Lunatic asylums in Bengal annual reports 1912-1924 - 1912-1924
Year: 1912
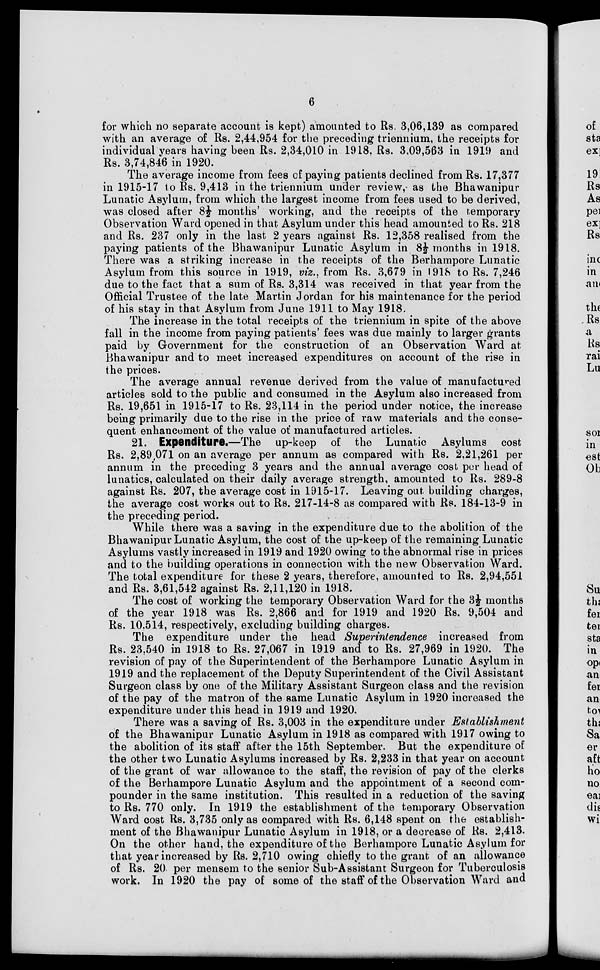
6
for which no separate account is kept) amounted to Rs. 3,06,139 as compared
with an average of Rs. 2,44,954 for the preceding triennium, the receipts for
individual years having been Rs. 2,34,010 in 1918. Rs. 3,09,563 in 1919 and
Rs. 3,74,846 in 1920.
The average income from fees of paying patients declined from Rs. 17,377
in 1915-17 to Rs. 9,413 in the triennium under review, as the Bhawanipur
Lunatic Asylum, from which the largest income from fees used to be derived,
was closed after 8½ months' working, and the receipts of the temporary
Observation Ward opened in that Asylum under this head amounted to Rs. 218
and Rs. 237 only in the last 2 years against Rs. 12,358 realised from the
paying patients of the Bhawanipur Lunatic Asylum in 8½ months in 1918.
There was a striking increase in the receipts of the Berhampore Lunatic
Asylum from this source in 1919, viz., from Rs. 3,679 in 1918 to Rs. 7,246
due to the fact that a sum of Rs. 3,314 was received in that year from the
Official Trustee of the late Martin Jordan for his maintenance for the period
of his stay in that Asylum from June 1911 to May 1918.
The increase in the total receipts of the triennium in spite of the above
fall in the income from paying patients' fees was due mainly to larger grants
paid by Government for the construction of an Observation Ward at
Bhawanipur and to meet increased expenditures on account of the rise in
the prices.
The average annual revenue derived from the value of manufactured
articles sold to the public and consumed in the Asylum also increased from
Rs. 19,651 in 1915-17 to Rs. 23,114 in the period under notice, the increase
being primarily due to the rise in the price of raw materials and the conse-
quent enhancement of the value of manufactured articles.
21. Expenditure.—The up-keep of the Lunatic Asylums cost
Rs. 2,89,071 on an average per annum as compared with Rs. 2,21,261 per
annum in the preceding 3 years and the annual average cost per head of
lunatics, calculated on their daily average strength, amounted to Rs. 289-8
against Rs. 207, the average cost in 1915-17. Leaving out building charges,
the average cost works out to Rs. 217-14-8 as compared with Rs. 184-13-9 in
the preceding period.
While there was a saving in the expenditure due to the abolition of the
Bhawanipur Lunatic Asylum, the cost of the up-keep of the remaining Lunatic
Asylums vastly increased in 1919 and 1920 owing to the abnormal rise in prices
and to the building operations in connection with the new Observation Ward.
The total expenditure for these 2 years, therefore, amounted to Rs. 2,94,551
and Rs. 3,61,542 against Rs. 2,11,120 in 1918.
The cost of working the temporary Observation Ward for the 3½ months
of the year 1918 was Rs. 2,866 and for 1919 and 1920 Rs. 9,504 and
Rs. 10,514, respectively, excluding building charges.
The expenditure under the head Superintendence increased from
Rs. 23,540 in 1918 to Rs. 27,067 in 1919 and to Rs. 27,969 in 1920. The
revision of pay of the Superintendent of the Berhampore Lunatic Asylum in
1919 and the replacement of the Deputy Superintendent of the Civil Assistant
Surgeon class by one of the Military Assistant Surgeon class and the revision
of the pay of the matron of the same Lunatic Asylum in 1920 increased the
expenditure under this head in 1919 and 1920.
There was a saving of Rs. 3,003 in the expenditure under Establishment
of the Bhawanipur Lunatic Asylum in 1918 as compared with 1917 owing to
the abolition of its staff after the 15th September. But the expenditure of
the other two Lunatic Asylums increased by Rs. 2,233 in that year on account
of the grant of war allowance to the staff, the revision of pay of the clerks
of the Berhampore Lunatic Asylum and the appointment of a second com-
pounder in the same institution. This resulted in a reduction of the saving
to Rs. 770 only. In 1919 the establishment of the temporary Observation
Ward cost Rs. 3,735 only as compared with Rs. 6,148 spent on the establish-
ment of the Bhawanipur Lunatic Asylum in 1918, or a decrease of Rs. 2,413.
On the other hand, the expenditure of the Berhampore Lunatic Asylum for
that year increased by Rs. 2,710 owing chiefly to the grant of an allowance
of Rs. 20 per mensem to the senior Sub-Assistant Surgeon for Tuberculosis
work. In 1920 the pay of some of the staff of the Observation Ward and